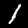
Digit: 1